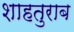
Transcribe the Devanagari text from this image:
शाहतुराब